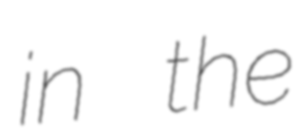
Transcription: in the